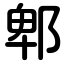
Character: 郫